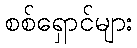
စစ်ရှောင်များ